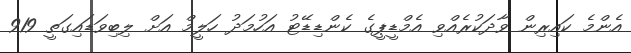
އެންމެ ކައިރިން ވާދަކުރެއްވި އެމްޑީޕީގެ ކެންޑިޑޭޓު އަހުމަދު ހަލީމް އަށް ލިބިވަޑައިގަތީ 919